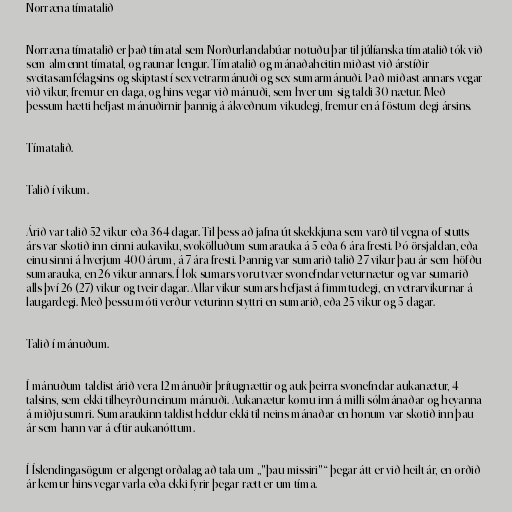
Norræna tímatalið

Norræna tímatalið er það tímatal sem Norðurlandabúar notuðu þar til júlíanska tímatalið tók við
sem almennt tímatal, og raunar lengur. Tímatalið og mánaðaheitin miðast við árstíðir
sveitasamfélagsins og skiptast í sex vetrarmánuði og sex sumarmánuði. Það miðast annars vegar
við vikur, fremur en daga, og hins vegar við mánuði, sem hver um sig taldi 30 nætur. Með
þessum hætti hefjast mánuðirnir þannig á ákveðnum vikudegi, fremur en á föstum degi ársins.

Tímatalið.

Talið í vikum.

Árið var talið 52 vikur eða 364 dagar. Til þess að jafna út skekkjuna sem varð til vegna of stutts
árs var skotið inn einni aukaviku, svokölluðum sumarauka á 5 eða 6 ára fresti. Þó örsjaldan, eða
einu sinni á hverjum 400 árum, á 7 ára fresti. Þannig var sumarið talið 27 vikur þau ár sem höfðu
sumarauka, en 26 vikur annars. Í lok sumars voru tvær svonefndar veturnætur og var sumarið
alls því 26 (27) vikur og tveir dagar. Allar vikur sumars hefjast á fimmtudegi, en vetrarvikurnar á
laugardegi. Með þessu móti verður veturinn styttri en sumarið, eða 25 vikur og 5 dagar.

Talið í mánuðum.

Í mánuðum taldist árið vera 12 mánuðir þrítugnættir og auk þeirra svonefndar aukanætur, 4
talsins, sem ekki tilheyrðu neinum mánuði. Aukanætur komu inn á milli sólmánaðar og heyanna
á miðju sumri. Sumaraukinn taldist heldur ekki til neins mánaðar en honum var skotið inn þau
ár sem hann var á eftir aukanóttum.

Í Íslendingasögum er algengt orðalag að tala um „"þau missiri"“ þegar átt er við heilt ár, en orðið
ár kemur hins vegar varla eða ekki fyrir þegar rætt er um tíma.